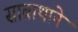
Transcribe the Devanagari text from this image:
साब्राथाने